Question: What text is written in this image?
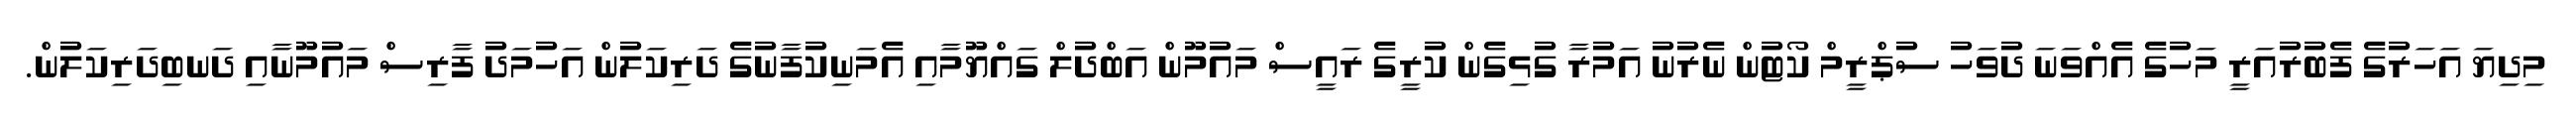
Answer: މިދިޔަ އަހަރުގެ ފެބުރުއަރީ މަހުގެ އެއްވަނަ ދުވަހު ސުޕްރީމް ކޯޓުން ނެރުނު އަމުރާ ގުޅިގެން ކުރީގެ ރައީސް މައުމޫން އަބްދުލް ގައްޔޫމާއި އެމަނިކުފާނުގެ ދަރިކަލުން އަހުމަދު ފާރިސް މައުމޫނާއި ދަނބިދަރިކަލުން.